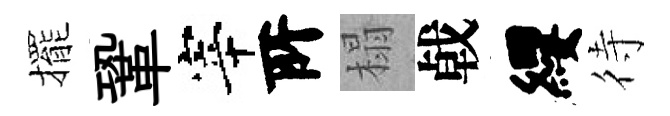
擺鞏宰𠩄榻㦸纓待